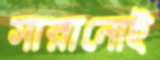
সারানোই